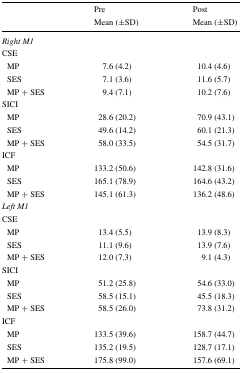
<table><thead><tr><td></td><td><b>Pre</b></td><td><b>Post</b></td></tr><tr><td></td><td><b>Mean (±SD)</b></td><td><b>Mean (±SD)</b></td></tr></thead><tbody><tr><td><i>Right M1</i></td><td></td><td></td></tr><tr><td>CSE</td><td></td><td></td></tr><tr><td> MP</td><td>7.6 (4.2)</td><td>10.4 (4.6)</td></tr><tr><td> SES</td><td>7.1 (3.6)</td><td>11.6 (5.7)</td></tr><tr><td> MP + SES</td><td>9.4 (7.1)</td><td>10.2 (7.6)</td></tr><tr><td>SICI</td><td></td><td></td></tr><tr><td> MP</td><td>28.6 (20.2)</td><td>70.9 (43.1)</td></tr><tr><td> SES</td><td>49.6 (14.2)</td><td>60.1 (21.3)</td></tr><tr><td> MP + SES</td><td>58.0 (33.5)</td><td>54.5 (31.7)</td></tr><tr><td>ICF</td><td></td><td></td></tr><tr><td> MP</td><td>133.2 (50.6)</td><td>142.8 (31.6)</td></tr><tr><td> SES</td><td>165.1 (78.9)</td><td>164.6 (43.2)</td></tr><tr><td> MP + SES</td><td>145.1 (61.3)</td><td>136.2 (48.6)</td></tr><tr><td><i>Left M1</i></td><td></td><td></td></tr><tr><td>CSE</td><td></td><td></td></tr><tr><td> MP</td><td>13.4 (5.5)</td><td>13.9 (8.3)</td></tr><tr><td> SES</td><td>11.1 (9.6)</td><td>13.9 (7.6)</td></tr><tr><td> MP + SES</td><td>12.0 (7.3)</td><td>9.1 (4.3)</td></tr><tr><td>SICI</td><td></td><td></td></tr><tr><td> MP</td><td>51.2 (25.8)</td><td>54.6 (33.0)</td></tr><tr><td> SES</td><td>58.5 (15.1)</td><td>45.5 (18.3)</td></tr><tr><td> MP + SES</td><td>58.5 (26.0)</td><td>73.8 (31.2)</td></tr><tr><td>ICF</td><td></td><td></td></tr><tr><td> MP</td><td>133.5 (39.6)</td><td>158.7 (44.7)</td></tr><tr><td> SES</td><td>135.2 (19.5)</td><td>128.7 (17.1)</td></tr><tr><td> MP + SES</td><td>175.8 (99.0)</td><td>157.6 (69.1)</td></tr></tbody></table>